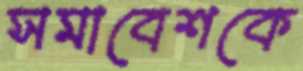
সমাবেশকে